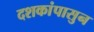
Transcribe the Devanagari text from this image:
दशकांपासुन